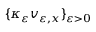
\{ \kappa _ { \varepsilon } v _ { \varepsilon , x } \} _ { \varepsilon > 0 }